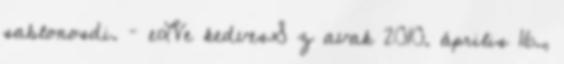
sablonosdi. – eLVe kedvesS z avak 2010. április 16.,